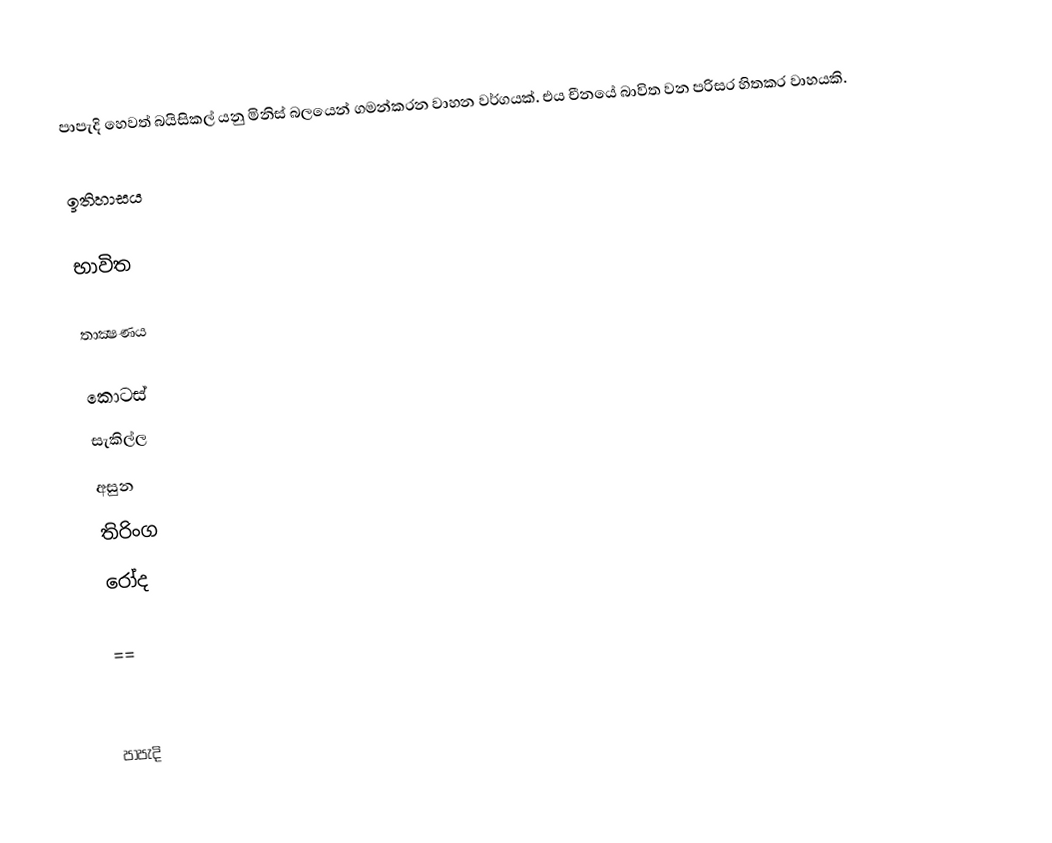
පාපැදි හෙවත් බයිසිකල් යනු මිනිස් බලයෙන් ගමන්කරන වාහන වර්ගයක්. එය චීනයේ බාවිත වන පරිසර හිතකර වාහයකි.

ඉතිහාසය

භාවිත

තාක්‍ෂණය

කොටස්
 සැකිල්ල
 අසුන
 තිරිංග
 රෝද

==

පාපැදි